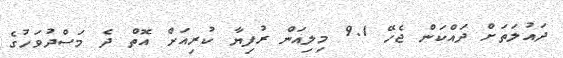
ދައުލަތަށް ދައްކަން ޖެހޭ 9.1 މިލިއަން ރުފިޔާ ކުރިއަށް އޮތް ދެ މަސްދުވަހުގެ